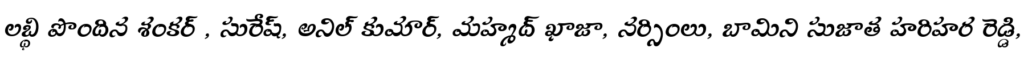
లబ్ధి పొందిన శంకర్ , సురేష్, అనిల్ కుమార్, మహ్మద్ ఖాజా, నర్సింలు, బామిని సుజాత హరిహర రెడ్డి,